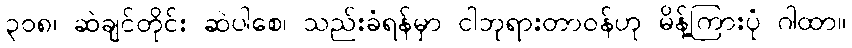
၃၀၈၊ ဆဲချင်တိုင်း ဆဲပါစေ၊ သည်းခံရန်မှာ ငါဘုရားတာဝန်ဟု မိန့်ကြားပုံ ဂါထာ။